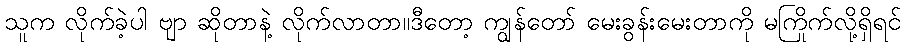
သူက လိုက်ခဲ့ပါ ဗျာ ဆိုတာနဲ့ လိုက်လာတာ။ဒီတော့ ကျွန်တော် မေးခွန်းမေးတာကို မကြိုက်လို့ရှိရင်